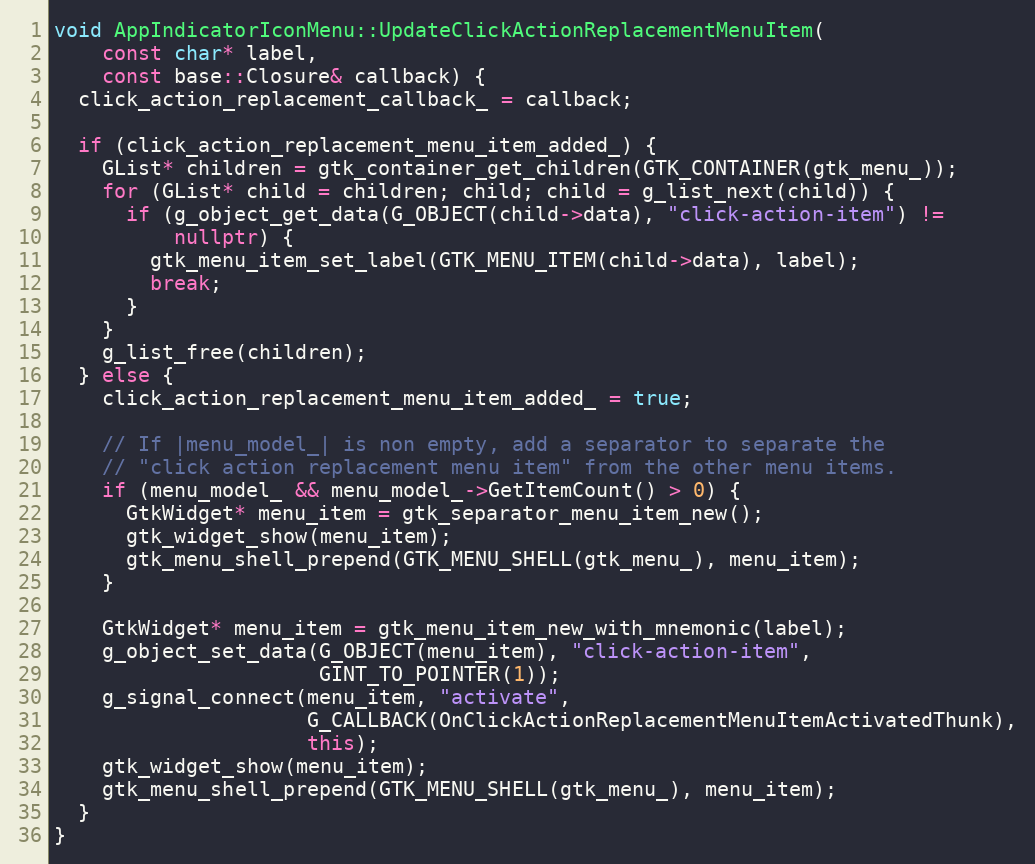
Language: C++
void AppIndicatorIconMenu::UpdateClickActionReplacementMenuItem(
    const char* label,
    const base::Closure& callback) {
  click_action_replacement_callback_ = callback;

  if (click_action_replacement_menu_item_added_) {
    GList* children = gtk_container_get_children(GTK_CONTAINER(gtk_menu_));
    for (GList* child = children; child; child = g_list_next(child)) {
      if (g_object_get_data(G_OBJECT(child->data), "click-action-item") !=
          nullptr) {
        gtk_menu_item_set_label(GTK_MENU_ITEM(child->data), label);
        break;
      }
    }
    g_list_free(children);
  } else {
    click_action_replacement_menu_item_added_ = true;

    // If |menu_model_| is non empty, add a separator to separate the
    // "click action replacement menu item" from the other menu items.
    if (menu_model_ && menu_model_->GetItemCount() > 0) {
      GtkWidget* menu_item = gtk_separator_menu_item_new();
      gtk_widget_show(menu_item);
      gtk_menu_shell_prepend(GTK_MENU_SHELL(gtk_menu_), menu_item);
    }

    GtkWidget* menu_item = gtk_menu_item_new_with_mnemonic(label);
    g_object_set_data(G_OBJECT(menu_item), "click-action-item",
                      GINT_TO_POINTER(1));
    g_signal_connect(menu_item, "activate",
                     G_CALLBACK(OnClickActionReplacementMenuItemActivatedThunk),
                     this);
    gtk_widget_show(menu_item);
    gtk_menu_shell_prepend(GTK_MENU_SHELL(gtk_menu_), menu_item);
  }
}